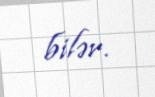
bilər.